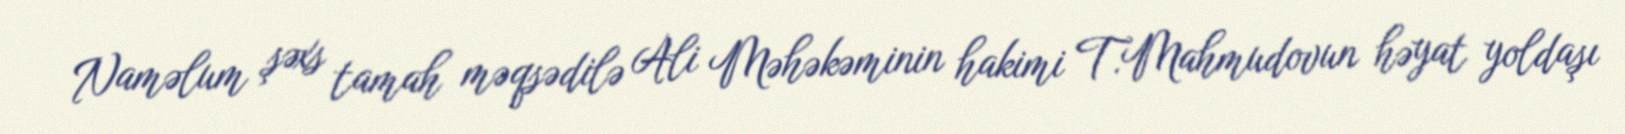
Naməlum şəxs tamah məqsədilə Ali Məhəkəminin hakimi T.Mahmudovun həyat yoldaşı